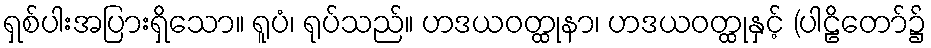
ရှစ်ပါးအပြားရှိသော။ ရူပံ၊ ရုပ်သည်။ ဟဒယဝတ္ထုနာ၊ ဟဒယဝတ္ထုနှင့် (ပါဠိတော်၌